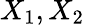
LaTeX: X_{1},X_{2}